Report of the Indian Hemp Drugs Commission, 1894-1895 - Volume IV
Year: 1894
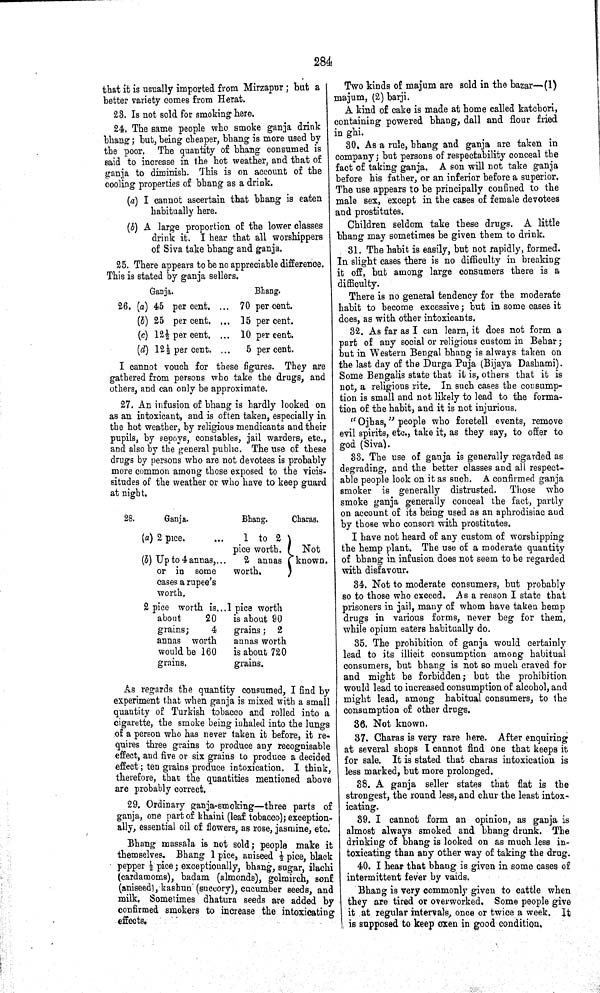
284
that it is usually imported from Mirzapur; but a
better variety comes from Herat.
23. Is not sold for smoking here.
24. The same people who smoke ganja drink
bhang; but, being cheaper, bhang is more used by
the poor. The quantity of bhang consumed is
said to increase in the hot weather, and that of
ganja to diminish. This is on account of the
cooling properties of bhang as a drink.
(a) I cannot ascertain that bhang is eaten
habitually here.
(b) A large proportion of the lower classes
drink it. I hear that all worshippers
of Siva take bhang and ganja.
25. There appears to be no appreciable difference.
This is stated by ganja sellers.
Ganja.
Bhang.
26. (a) 45 per cent.
70 per cent.
(b) 25 per
cent.
15 per cent.
(c) 121/2 per cent.
10 per cent.
(d) 121/2 per cent.
5 per cent.
I cannot vouch for these figures. They are
gathered from persons who take the drugs, and
others, and can only be approximate.
27. An infusion of bhang is hardly looked on
as an intoxicant, and is often taken, especially in
the hot weather, by religious mendicants and their
pupils, by sepoys, constables, jail warders, etc.,
and also by the general public. The use of these
drugs by persons who are not devotees is probably
more common among those exposed to the vicis-
situdes of the weather or who have to keep guard
at night.
28.
Ganja.
Bhang.
Charas.
(a) 2 pice.
1 to 2
pice worth. Not
(b) Up to 4annas,
2 annas known.
or in some
worth.
cases a rupee's
worth.
2 pice worth is 1 pice worth
about
20
is about 90
grains;
4
grains; 2
annas worth
annas worth
would be 160
is about 720
grains.
grains.
As regards the quantity consumed, I find by
experiment that when ganja is mixed with a small
quantity of Turkish tobacco and rolled into a
cigarette, the smoke being inhaled into the lungs
of a person who has never taken it before, it re-
quires three grains to produce any recognisable
effect, and five or six grains to produce a decided
effect; ten grains produce intoxication. I think,
therefore, that the quantities mentioned above
are probably correct.
29. Ordinary ganja-smoking—three parts of
ganja, one part of khaini (leaf tobacco); exception-
ally, essential oil of flowers, as rose, jasmine, etc.
Bhang massala is not sold; people make it
themselves. Bhang 1 pice, aniseed ½ pice, black
pepper ½ pice; exceptionally, bhang, sugar, ilachi
(cardamoms), badam (almonds), golmirch, sonf
(aniseed), kashun (succory), cucumber seeds, and
milk. Sometimes dhatura seeds are added by
confirmed smokers to increase the intoxicating
effects.
Two kinds of majum are sold in the bazar—(1)
majum, (2) barji.
A kind of cake is made at home called katchori,
containing powered bhang, dall and flour fried
in ghi.
30. As a rule, bhang and ganja are taken in
company; but persons of respectability conceal the
fact of taking ganja. A son will not take ganja
before his father, or an inferior before a superior.
The use appears to be principally confined to the
male sex, except in the cases of female devotees
and prostitutes.
Children seldom take these drugs. A little
bhang may sometimes be given them to drink.
31. The habit is easily, but not rapidly, formed.
In slight cases there is no difficulty in breaking
it off, but among large consumers there is a
difficulty.
There is no general tendency for the moderate
habit to become excessive; but in some cases it
does, as with other intoxicants.
32. As far as I can learn, it does not form a
part of any social or religious custom in Behar;
but in Western Bengal bhang is always taken on
the last day of the Durga Puja (Bijaya Dashami).
Some Bengalis state that it is, others that it is
not, a religious rite. In such cases the consump-
tion is small and not likely to lead to the forma-
tion of the habit, and it is not injurious.
"Ojhas," people who foretell events, remove
evil spirits, etc., take it, as they say, to offer to
god (Siva).
33. The use of ganja is generally regarded as
degrading, and the better classes and all respect-
able people look on it as such. A confirmed ganja
smoker is generally distrusted. Those who
smoke ganja generally conceal the fact, partly
on account of its being used as an aphrodisiac and
by those who consort with prostitutes.
I have not heard of any custom of worshipping
the hemp plant. The use of a moderate quantity
of bhang in infusion does not seem to be regarded
with disfavour.
34. Not to moderate consumers, but probably
so to those who exceed. As a reason I state that
prisoners in jail, many of whom have taken hemp
drugs in various forms, never beg for them,
while opium eaters habitually do.
35. The prohibition of ganja would certainly
lead to its illicit consumption among habitual
consumers, but bhang is not so much craved for
and might be forbidden; but the prohibition
would lead to increased consumption of alcohol, and
might lead, among habitual consumers, to the
consumption of other drugs.
36. Not known.
37. Charas is very rare here. After enquiring
at several shops I cannot find one that keeps it
for sale. It is stated that charas intoxication is
less marked, but more prolonged.
38. A ganja seller states that flat is the
strongest, the round less, and chur the least intox-
icating.
39. I cannot form an opinion, as ganja is
almost always smoked and bhang drunk. The
drinking of bhang is looked on as much less in-
toxicating than any other way of taking the drug.
40. I hear that bhang is given in some cases of
intermittent fever by vaids.
Bhang is very commonly given to cattle when
they are tired or overworked. Some people give
it at regular intervals, once or twice a week. It
is supposed to keep oxen in good condition,